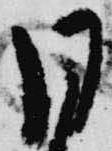
同